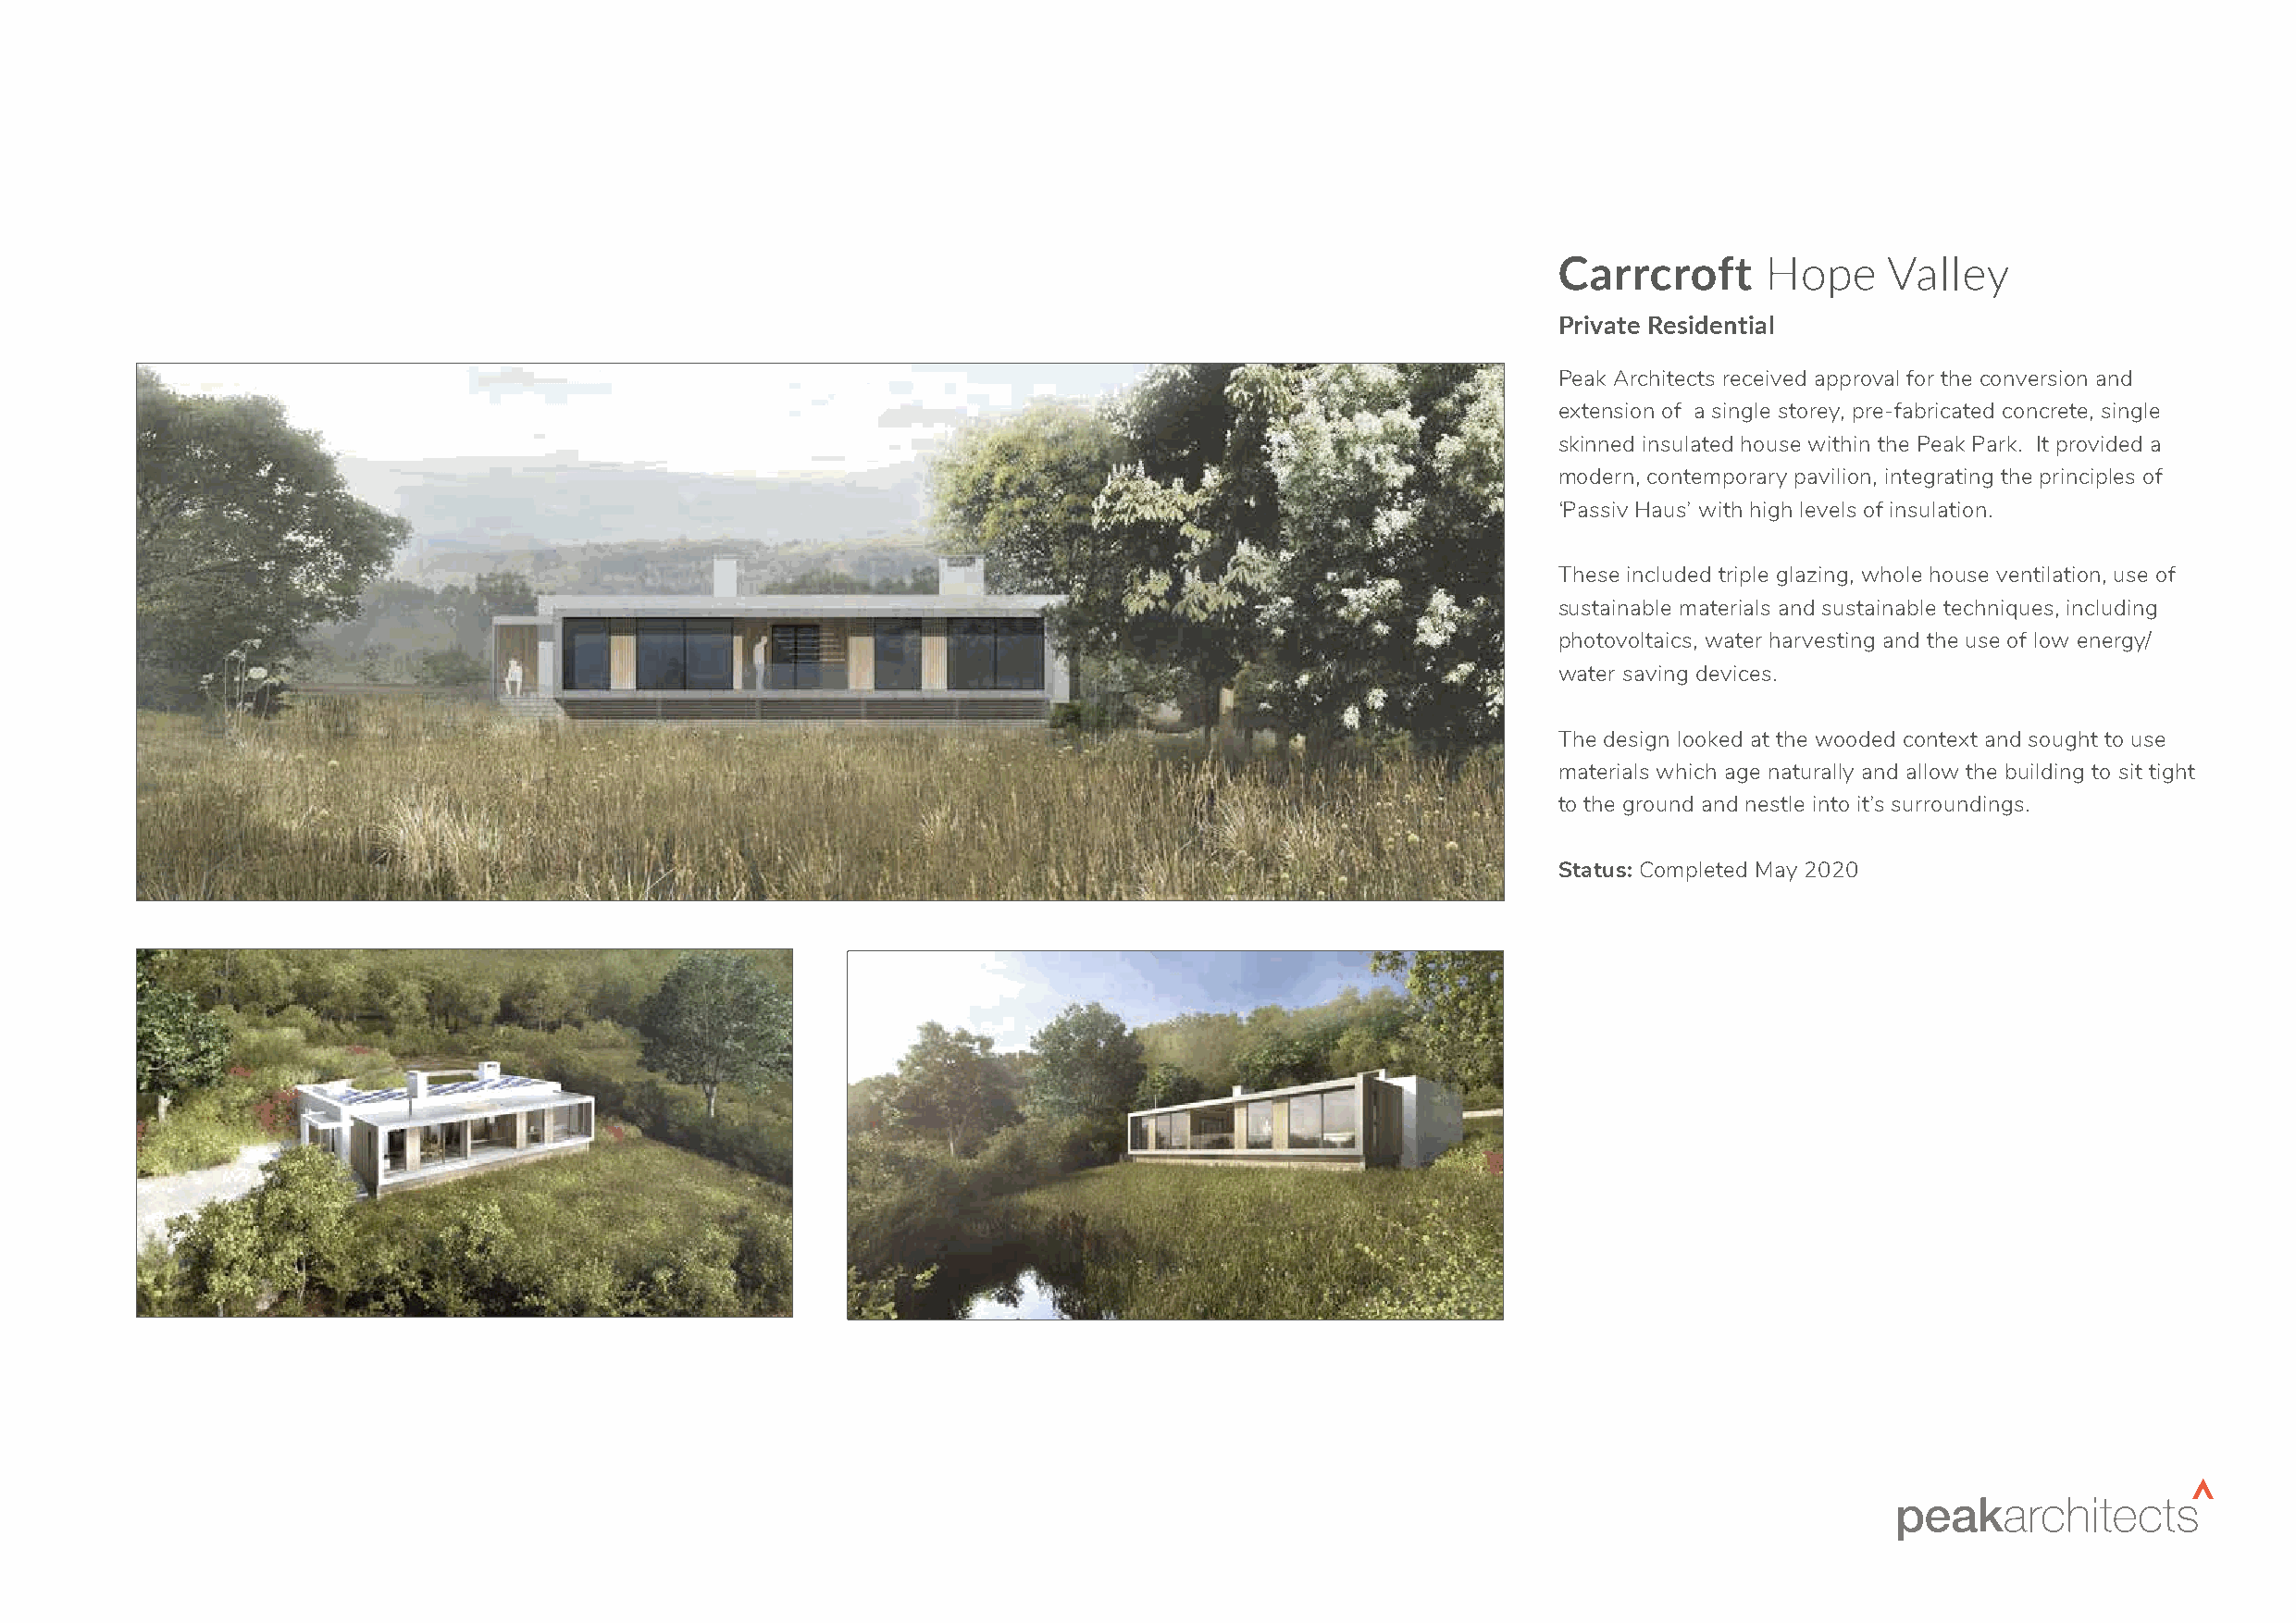
Carrcroft      Hope     Valley
 Private Residential
 Peak Architects received approval for the conversion and
 extension of a single storey, pre-fabricated concrete, single
 skinned insulated house within the Peak Park. It provided a
 modern, contemporary pavilion, integrating the principles of
 ‘Passiv Haus’ with high levels of insulation.
 These included triple glazing, whole house ventilation, use of
 sustainable materials and sustainable techniques, including
 photovoltaics, water harvesting and the use of low energy/
 water saving devices.
 The design looked at the wooded context and sought to use
 materials which age naturally and allow the building to sit tight
 to the ground and nestle into it’s surroundings.
 Status: Completed May 2020